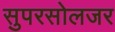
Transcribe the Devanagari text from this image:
सुपरसोलजर